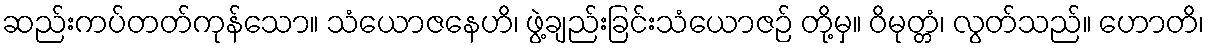
ဆည်းကပ်တတ်ကုန်သော။ သံယောဇနေဟိ၊ ဖွဲ့ချည်းခြင်းသံယောဇဉ် တို့မှ။ ဝိမုတ္တံ၊ လွတ်သည်။ ဟောတိ၊